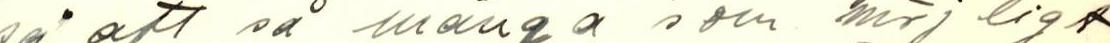
så att så många som möjligt